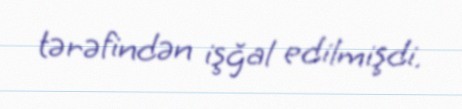
tərəfindən işğal edilmişdi.